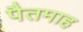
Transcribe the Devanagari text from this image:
पैतमाह